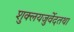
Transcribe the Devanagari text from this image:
शुक्लयजुर्वेदतथा